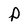
Character: P